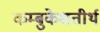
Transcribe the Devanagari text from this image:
कम्बुकेशतीर्थ